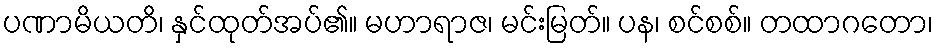
ပဏာမိယတိ၊ နှင်ထုတ်အပ်၏။ မဟာရာဇ၊ မင်းမြတ်။ ပန၊ စင်စစ်။ တထာဂတော၊